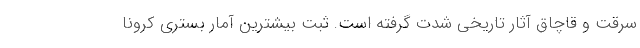
سرقت و قاچاق آثار تاریخی شدت گرفته است. ثبت بیشترین آمار بستری کرونا